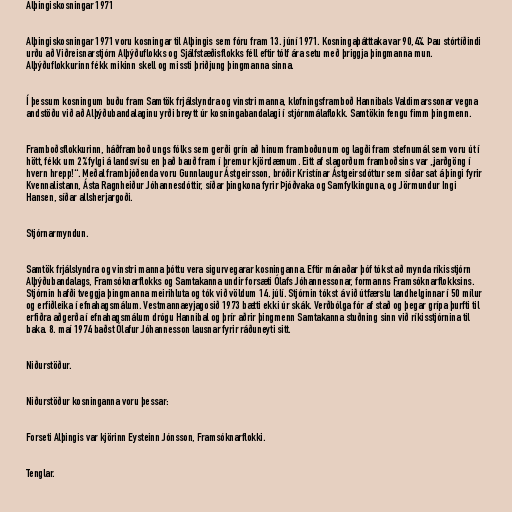
Alþingiskosningar 1971

Alþingiskosningar 1971 voru kosningar til Alþingis sem fóru fram 13. júní 1971. Kosningaþátttaka var 90,4%. Þau stórtíðindi
urðu að Viðreisnarstjórn Alþýðuflokks og Sjálfstæðisflokks féll eftir tólf ára setu með þriggja þingmanna mun.
Alþýðuflokkurinn fékk mikinn skell og missti þriðjung þingmanna sinna.

Í þessum kosningum buðu fram Samtök frjálslyndra og vinstri manna, klofningsframboð Hannibals Valdimarssonar vegna
andstöðu við að Alþýðubandalaginu yrði breytt úr kosningabandalagi í stjórnmálaflokk. Samtökin fengu fimm þingmenn.

Framboðsflokkurinn, háðframboð ungs fólks sem gerði grín að hinum framboðunum og lagði fram stefnumál sem voru út í
hött, fékk um 2% fylgi á landsvísu en það bauð fram í þremur kjördæmum. Eitt af slagorðum framboðsins var „jarðgöng í
hvern hrepp!“. Meðal frambjóðenda voru Gunnlaugur Ástgeirsson, bróðir Kristínar Ástgeirsdóttur sem síðar sat á þingi fyrir
Kvennalistann, Ásta Ragnheiður Jóhannesdóttir, síðar þingkona fyrir Þjóðvaka og Samfylkinguna, og Jörmundur Ingi
Hansen, síðar allsherjargoði.

Stjórnarmyndun.

Samtök frjálslyndra og vinstri manna þóttu vera sigurvegarar kosninganna. Eftir mánaðar þóf tókst að mynda ríkisstjórn
Alþýðubandalags, Framsóknarflokks og Samtakanna undir forsæti Ólafs Jóhannessonar, formanns Framsóknarflokksins.
Stjórnin hafði tveggja þingmanna meirihluta og tók við völdum 14. júlí. Stjórnin tókst á við útfærslu landhelginnar í 50 mílur
og erfiðleika í efnahagsmálum. Vestmannaeyjagosið 1973 bætti ekki úr skák. Verðbólga fór af stað og þegar grípa þurfti til
erfiðra aðgerða í efnahagsmálum drógu Hannibal og þrír aðrir þingmenn Samtakanna stuðning sinn við ríkisstjórnina til
baka. 8. maí 1974 baðst Ólafur Jóhannesson lausnar fyrir ráðuneyti sitt.

Niðurstöður.

Niðurstöður kosninganna voru þessar:

Forseti Alþingis var kjörinn Eysteinn Jónsson, Framsóknarflokki.

Tenglar.